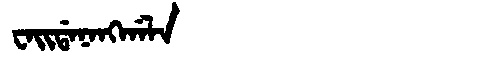
Manchu: ᠸᠠᡳᡩᠠᠨᠠᠩᡤᠠᠯᠠ
Romanization: WAIDANANGGALA